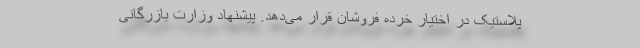
پلاستیک در اختیار خرده فروشان قرار می‌دهد. پیشنهاد وزارت بازرگانی